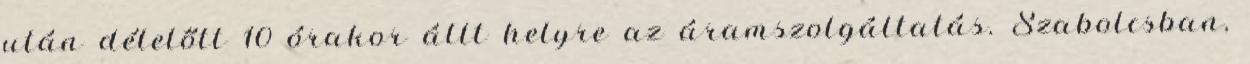
után délelőtt 10 órakor állt helyre az áramszolgáltatás. Szabolcsban,